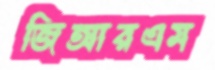
জিআরএম